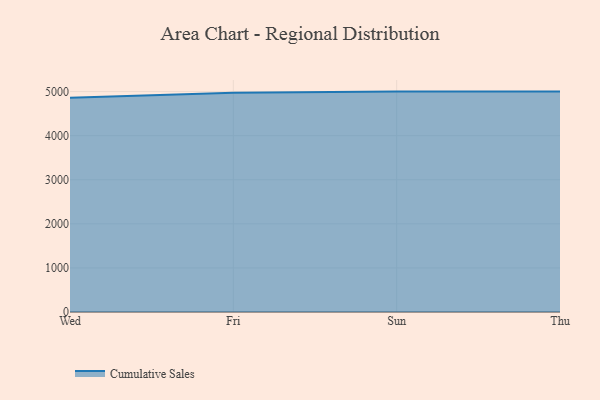
{"axis": {"x": "Day", "y": "Satisfaction Score"}, "legend": ["Cumulative Sales"], "data": [{"x": "Wed", "y": 4860.7, "type": "Cumulative Sales"}, {"x": "Fri", "y": 4973.5, "type": "Cumulative Sales"}, {"x": "Sun", "y": 5000, "type": "Cumulative Sales"}, {"x": "Thu", "y": 5000, "type": "Cumulative Sales"}]}